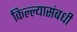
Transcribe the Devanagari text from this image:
किल्ल्यासंबधी